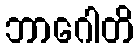
ဘာဂေါတိ